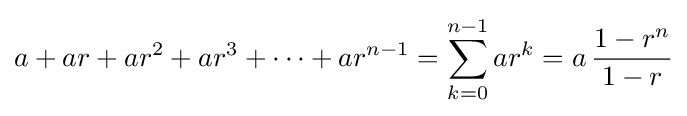
a+ar+ar^{2}+ar^{3}+\cdots +ar^{n-1}=\sum _{k=0}^{n-1}ar^{k}=a\,{\frac {1-r^{n}}{1-r}}